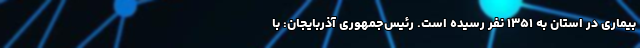
بیماری در استان به ۱۳۵۱ نفر رسیده است. رئیس‌جمهوری آذربایجان: ‌با